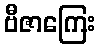
ဗီဇာကြေး